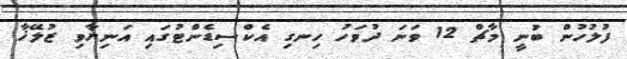
ފުލުހުން ބުނީ މާޗް 12 ވަނަ ދުވަހު ހިނގި އެކްސިޑެންޓުގައި އަނިޔާވި ޒުލޭޚާ